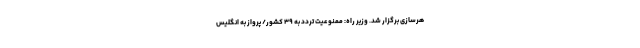
هرسازی برگزار شد. وزیر راه: ممنوعیت تردد به ۳۹ کشور/ پرواز به انگلیس